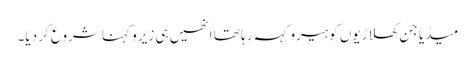
میڈیا جن کھلاڑیوں کو ہیرو کہہ رہا تھا انھیں ہی زیرو کہنا شروع کر دیا۔